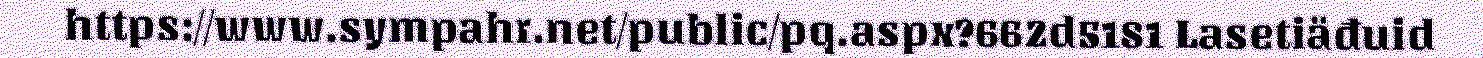
https://www.sympahr.net/public/pq.aspx?662d5181 Lasetiäđuid